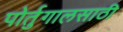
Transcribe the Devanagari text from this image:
पोर्तुगालसाठी